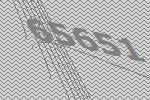
65651